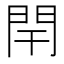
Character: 閈